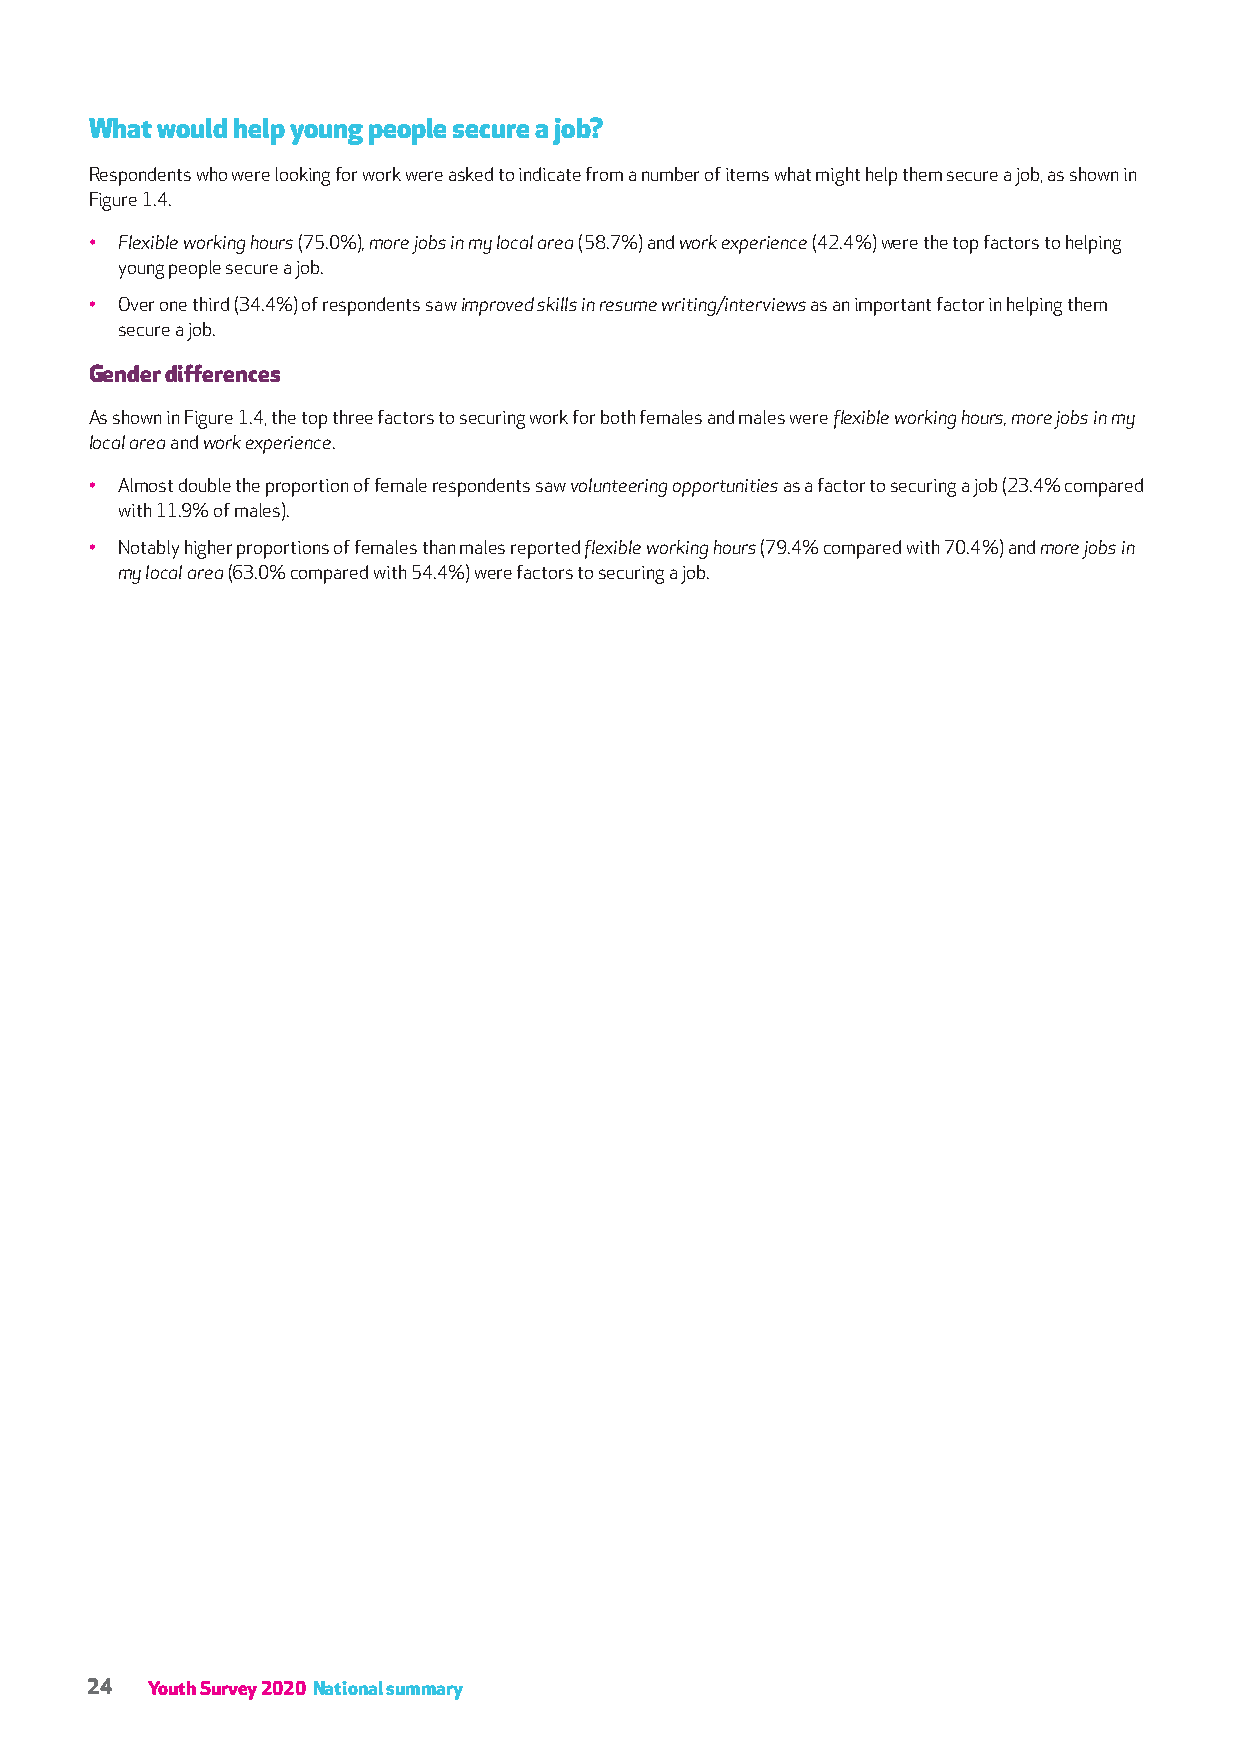
What would help young people secure a job?
 Respondents who were looking for work were asked to indicate from a number of items what might help them secure a job, as shown in
 Figure 1.4.
 • Flexible working hours (75.0%), more jobs in my local area (58.7%) and work experience (42.4%) were the top factors to helping
 young people secure a job.
 • Over one third (34.4%) of respondents saw improved skills in resume writing/interviews as an important factor in helping them
 secure a job.
 Gender differences
 As shown in Figure 1.4, the top three factors to securing work for both females and males were flexible working hours, more jobs in my
 local area and work experience.
 • Almost double the proportion of female respondents saw volunteering opportunities as a factor to securing a job (23.4% compared
 with 11.9% of males).
 • Notably higher proportions of females than males reported flexible working hours (79.4% compared with 70.4%) and more jobs in
 my local area (63.0% compared with 54.4%) were factors to securing a job.
 24  Youth Survey 2020 National summary